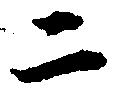
二